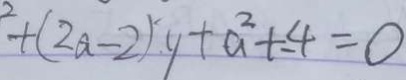
^ { 2 } + ( 2 a - 2 ) y + a ^ { 2 } + - 4 = 0